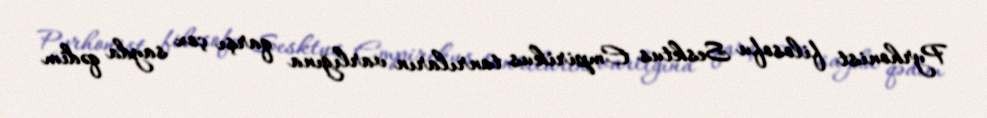
Pyrhonist filosofu Sesktus Empirikus tanrıların varlığına qarşı çox sayda qədim